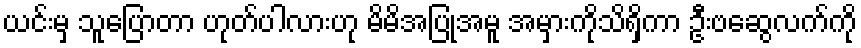
ယင်းမှ သူပြောတာ ဟုတ်ပါလားဟု မိမိအပြုအမူ အမှားကိုသိရှိကာ ဦးဗဆွေလက်ကို